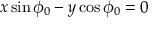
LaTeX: x \sin \phi _ { 0 } - y \cos \phi _ { 0 } = 0